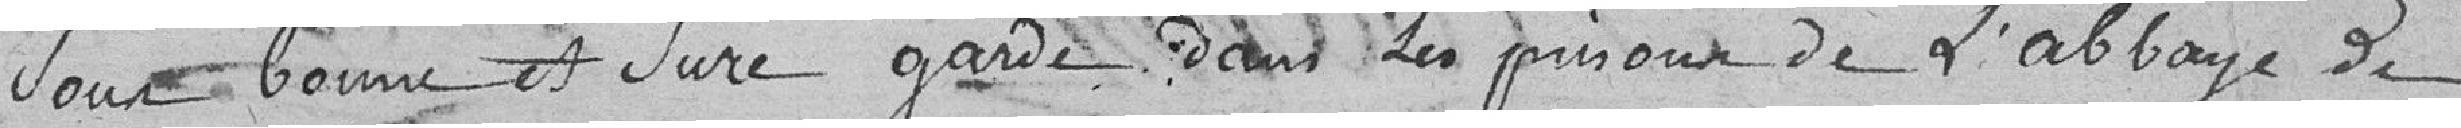
sous bonne et sûre garde dans les prisons de l'abbaye de